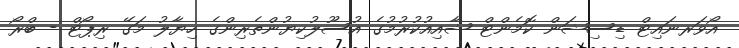
އޯވަރނައިޓް ޑިސިޝަން ކޮމެންޓް ޝާއިއުކުރުމުގެ އުސޫލުކިޔުންތެރިންގެ ހިޔާލު މަގޭ ރިޕޯޓް - ބްރޯ